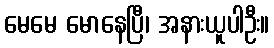
မေမေ မောနေပြီ၊ အနားယူပါဦး။